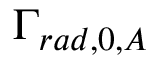
\Gamma _ { r a d , 0 , A }